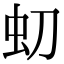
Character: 虭